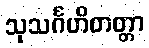
သုသင်္ဂဟိတတ္တာ